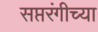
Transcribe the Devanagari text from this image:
सप्तरंगीच्या